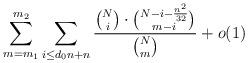
LaTeX: \begin{align*}\sum_{m=m_1}^{m_2} \sum_{i\le d_0n+n}\frac{\binom{N}{i}\cdot\binom{N-i-\frac{n^2}{32}}{m-i}}{\binom{N}{m}}+o(1)\end{align*}